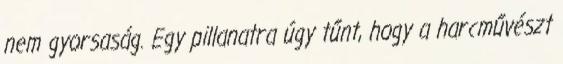
nem gyorsaság. Egy pillanatra úgy tűnt, hogy a harcművészt